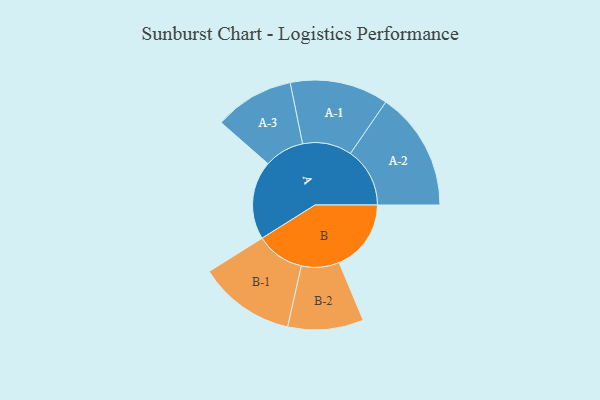
{"axis": {"x": "Segment", "y": "Value"}, "legend": ["", "A", "B"], "data": [{"x": "A", "y": 386, "type": ""}, {"x": "B", "y": 354, "type": ""}, {"x": "A-1", "y": 242, "type": "A"}, {"x": "A-2", "y": 292, "type": "A"}, {"x": "A-3", "y": 196, "type": "A"}, {"x": "B-1", "y": 238, "type": "B"}, {"x": "B-2", "y": 186, "type": "B"}]}